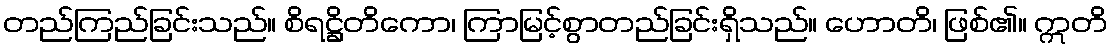
တည်ကြည်ခြင်းသည်။ စိရဋ္ဌိတိကော၊ ကြာမြင့်စွာတည်ခြင်းရှိသည်။ ဟောတိ၊ ဖြစ်၏။ ဣတိ